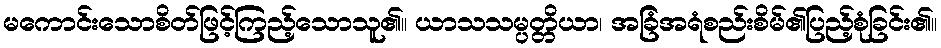
မကောင်းသောစိတ်ဖြင့်ကြည့်သောသူ၏။ ယာသသမ္ပတ္တိယာ၊ အခြံအရံစည်းစိမ်၏ပြည့်စုံခြင်း၏။